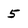
Character: 5